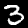
Label: 3